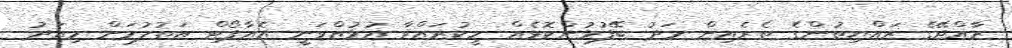
ރާއްޖޭގެ ރައްޔިތުންގެ ތެރެއިން މަދު ބޭފުޅުންކޮޅެއް ހީކުރައްވާ އުޅުއްވަނީ އެއާޕޯޓް އަތުލުމަށް މިއަދު